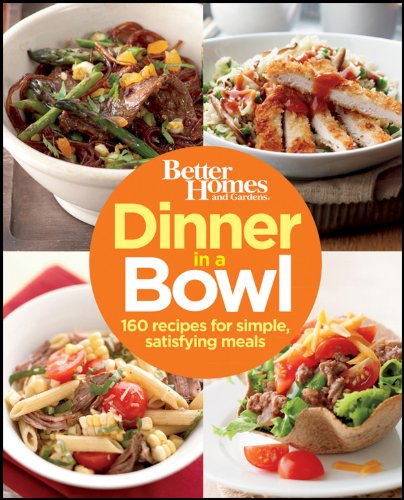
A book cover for Better Homes and Gardens Dinner in a Bowl: 160 Recipes for Simple, Satisfying Meals (Better Homes and Gardens Cooking); Better Homes and Gardens; Cookbooks, Food & Wine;